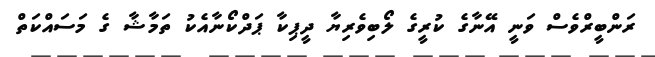
ރަންބީރްވެސް ވަނީ އޭނާގެ ކުރީގެ ލޯބިވެރިޔާ ދީޕިކާ ޕަދްކޯނާއެކު ތަމާޝާ ގެ މަސައްކަތް